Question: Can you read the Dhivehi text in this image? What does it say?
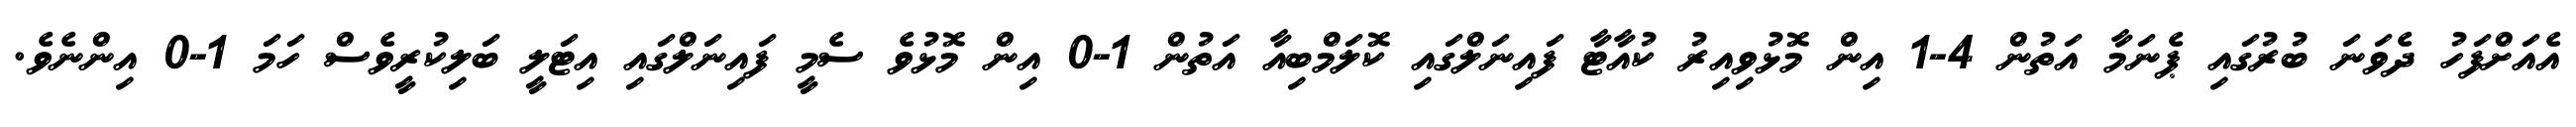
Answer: އެއަށްފަހު ދެވަނަ ބުރުގައި ޕެނަމާ އަތުން 4-1 އިން މޮޅުވިއިރު ކުއާޓާ ފައިނަލްގައި ކޮލަމްބިއާ އަތުން 1-0 އިން މޮޅުވެ ސެމީ ފައިނަލްގައި އިޓަލީ ބަލިކުރީވެސް ހަމަ 1-0 އިންނެވެ.